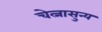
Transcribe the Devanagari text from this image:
चेत्नासुन्य